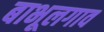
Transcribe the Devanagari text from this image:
बाभूलगाव